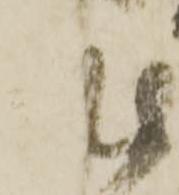
作